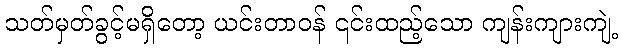
သတ်မှတ်ခွင့်မရှိတော့ ယင်းတာဝန် ၎င်းထည့်သော ကျန်းကျားကျဲ့